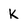
Character: K